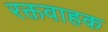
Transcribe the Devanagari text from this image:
रक्तवाहक